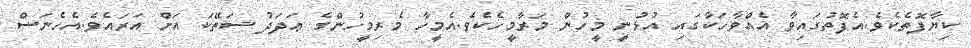
ކިޔާފޮތެކެވެ.އެފޮތުގައިވާ އެއްވާހަކާގައި އުޅުނީ މީހުން މަރާމީހެކެވެ.އެމީހާ މެރިމީހުންގެ ޢަދަދު ސަތޭކަ އަށް އަރައެވެ.އެހެނަސް